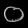
Digit: ၀